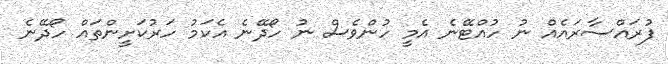
ފުރައްސާރައެއް ނު ހުއްޓޭނެ އެމީ ހުންވެސް ނު ހޯދޭނެ އެކަމު ހަރުކަށީންތައް ހޯދޭނެ